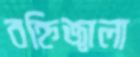
বহ্নিজ্বালা